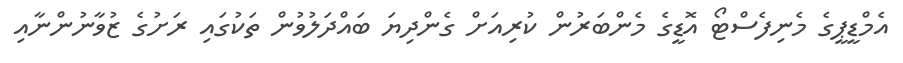
އެމްޑީޕީގެ މެނިފެސްޓޯ އޮޑީގެ މެންބަރުން ކުރިއަށް ގެންދިޔަ ބައްދަލުވުން ތަކުގައި ރަށުގެ ޒުވާނުންނާއި